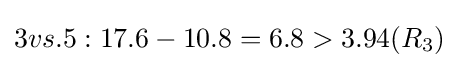
3vs.5:17.6-10.8=6.8>3.94(R_{3})